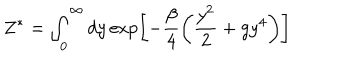
LaTeX: Z ^ { * } = \int _ { 0 } ^ { \infty } d y \exp \left[ - \frac { \beta } { 4 } \left( \frac { y ^ { 2 } } { 2 } + g y ^ { 4 } \right) \right]